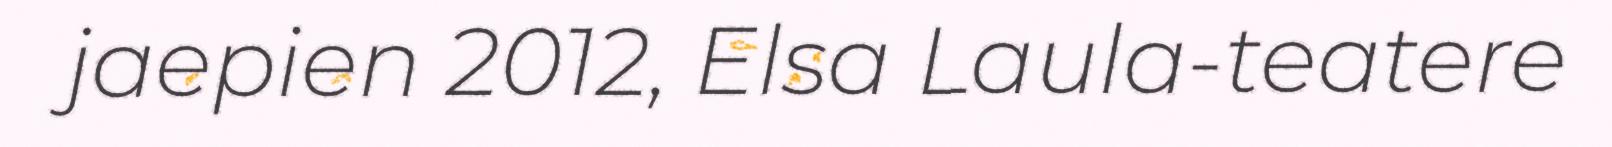
jaepien 2012, Elsa Laula-teatere